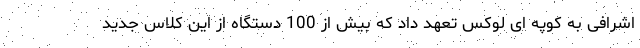
اشرافی به کوپه ای لوکس تعهد داد که بیش از 100 دستگاه از این کلاس جدید